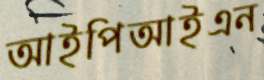
আইপিআইএন